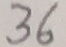
3 6